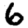
Digit: 6